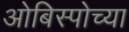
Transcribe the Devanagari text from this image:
ओबिस्पोच्या